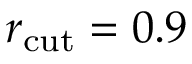
r _ { \mathrm { c u t } } = 0 . 9